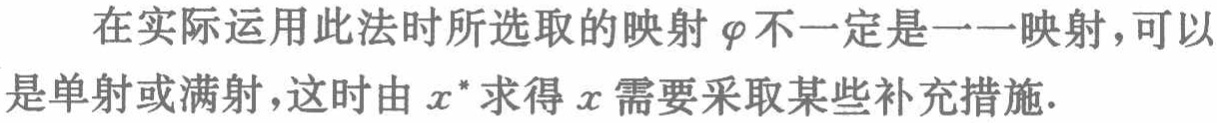
在实际运用此法时所选取的映射$\varphi$不一定是一一映射，可以是单射或满射，这时由$x^{*}$求得$x$需要采取某些补充措施.